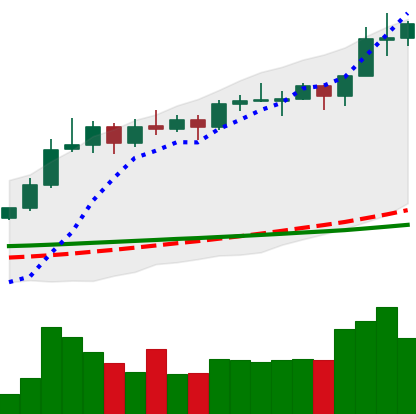
Ticker: ADA-USD
Chart end date: 2020-02-14
Forward return: -18.327%
Label: down_7plus